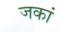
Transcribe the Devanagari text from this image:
जकां